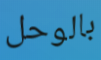
بالوحل